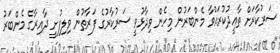
ސަރުކާރަށް ތާއީދުކުރައްވާ މެންބަރުން މިހެން ވިދާޅުވީ ސަރުކާރުގެ ފަރާތުން ވިލިފުށީ ދާއިރާގެ މެންބަރު